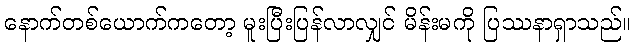
နောက်တစ်ယောက်ကတော့ မူးပြီးပြန်လာလျှင် မိန်းမကို ပြဿနာရှာသည်။